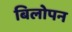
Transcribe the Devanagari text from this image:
बिलोपन